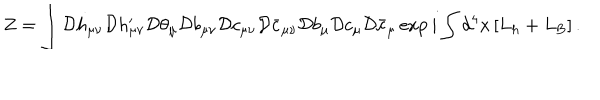
Z = \int { \cal D } h _ { \mu \nu } { \cal D } h _ { \mu \nu } ^ { \prime } { \cal D } \theta _ { \mu } { \cal D } b _ { \mu \nu } { \cal D } c _ { \mu \nu } { \cal D } \bar { c } _ { \mu \nu } { \cal D } b _ { \mu } { \cal D } c _ { \mu } { \cal D } \bar { c } _ { \mu } \exp i \int d ^ { 4 } x \left[ L _ { h } + L _ { \mathrm { B } } \right] .